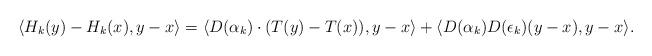
LaTeX: \begin{align*}\langle H_k(y)-H_k(x),y-x\rangle =\langle D(\alpha_k)\cdot(T(y)-T(x)),y-x\rangle+\langle D(\alpha_k)D(\epsilon_k)(y-x),y-x\rangle.\end{align*}